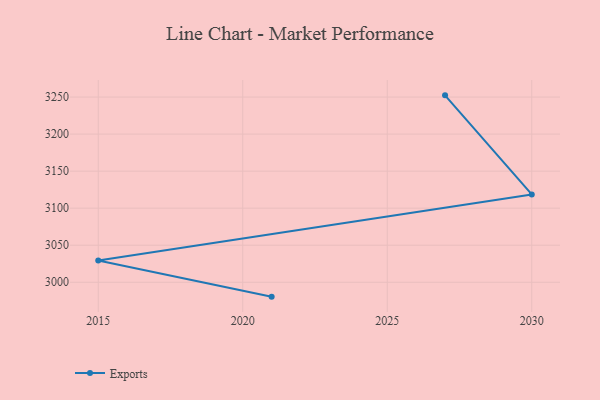
{"axis": {"x": "Year", "y": "Satisfaction Score"}, "legend": ["Exports"], "data": [{"x": "2021", "y": 2980.6, "type": "Exports"}, {"x": "2015", "y": 3029.5, "type": "Exports"}, {"x": "2030", "y": 3118.6, "type": "Exports"}, {"x": "2027", "y": 3252.3, "type": "Exports"}]}